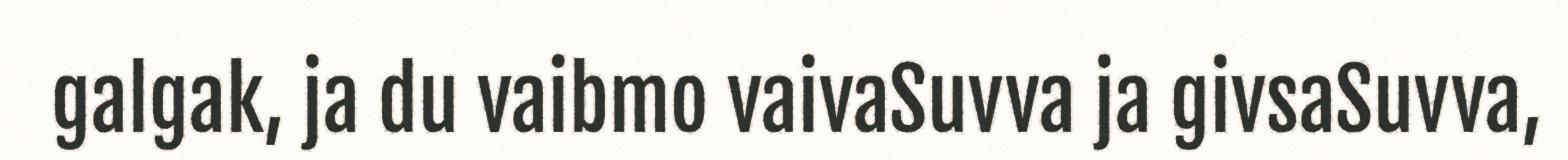
galgak, ja du vaibmo vaivaSuvva ja givsaSuvva,